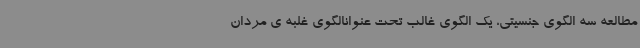
مطالعه سه الگوی جنسیتی، یک الگوی غالب تحت عنوانالگوی غلبه ی مردان